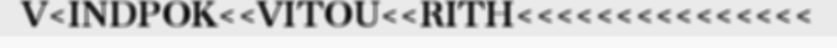
V<INDPOK<<VITOU<<RITH<<<<<<<<<<<<<<<